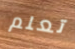
تعلم